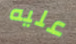
عليه